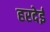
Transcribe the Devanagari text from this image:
हरदेई